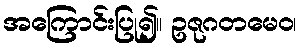
အကြောင်းပြု၍။ ဥဇုဂတမေဝ၊